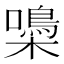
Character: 𡂢